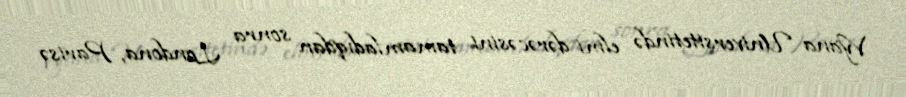
Vyana Universitetində elmi dərəcəsini tamamladıqdan sonra Londona, Parisə